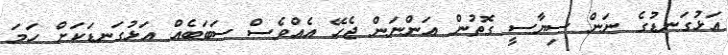
އަޅުގަނޑުގެ ނަން ސިޔާސީ ގޮތުން އަންނަން ޖެހޭ އެއްވެސް ސަބަބެއް އަޅުގަނޑަކަށް ހަމަ